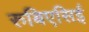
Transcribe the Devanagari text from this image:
रुबिएसिई